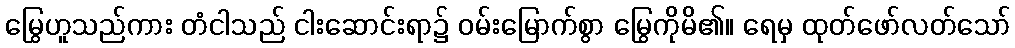
မြွေဟူသည်ကား တံငါသည် ငါးဆောင်းရာ၌ ဝမ်းမြောက်စွာ မြွေကိုမိ၏။ ရေမှ ထုတ်ဖော်လတ်သော်